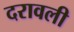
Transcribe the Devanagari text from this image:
दरावली